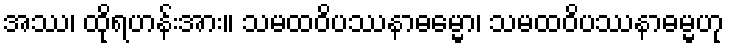
အဿ၊ ထိုရဟန်းအား။ သမထဝိပဿနာဓမ္မော၊ သမထဝိပဿနာဓမ္မဟု